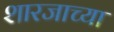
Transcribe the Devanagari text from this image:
शारजाच्या